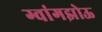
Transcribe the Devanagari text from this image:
ग्वांगझोऊ